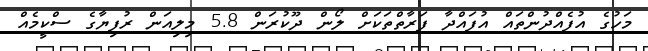
މަހުގެ އުފެއްދުންތައް އުފައްދާ ފަރާތްތަކަށް ލޯން ދޫކުރަން 5.8 މިލިއަން ރުފިޔާގެ ސްކީމެއް